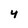
Character: 4